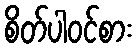
စိတ်ပါဝင်စား